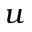
u